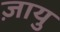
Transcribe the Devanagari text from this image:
ज़ायु